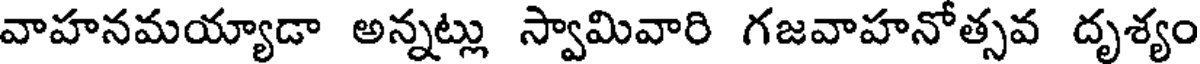
వాహనమయ్యాడా అన్నట్లు స్వామివారి గజవాహనోత్సవ దృశ్యం